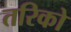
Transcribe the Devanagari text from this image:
तरिको